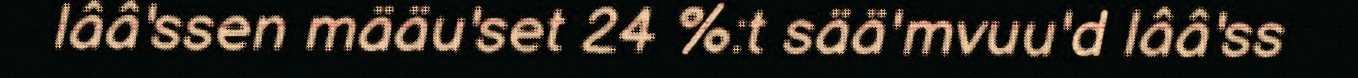
lââ'ssen määu'set 24 %:t sää'mvuu'd lââ'ss